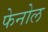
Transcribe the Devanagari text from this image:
फेनोल